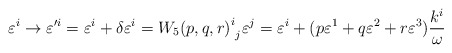
\begin{align*}\varepsilon^{i} \rightarrow {\varepsilon'^{i}} = \varepsilon^{i} + \delta \varepsilon^{i} ={{W_5 (p, q, r)}^{i}}_{j} \varepsilon^{j} = \varepsilon^{i} +( p\varepsilon^1 + q\varepsilon^2 + r\varepsilon^3)\frac{k^i}{\omega}\end{align*}